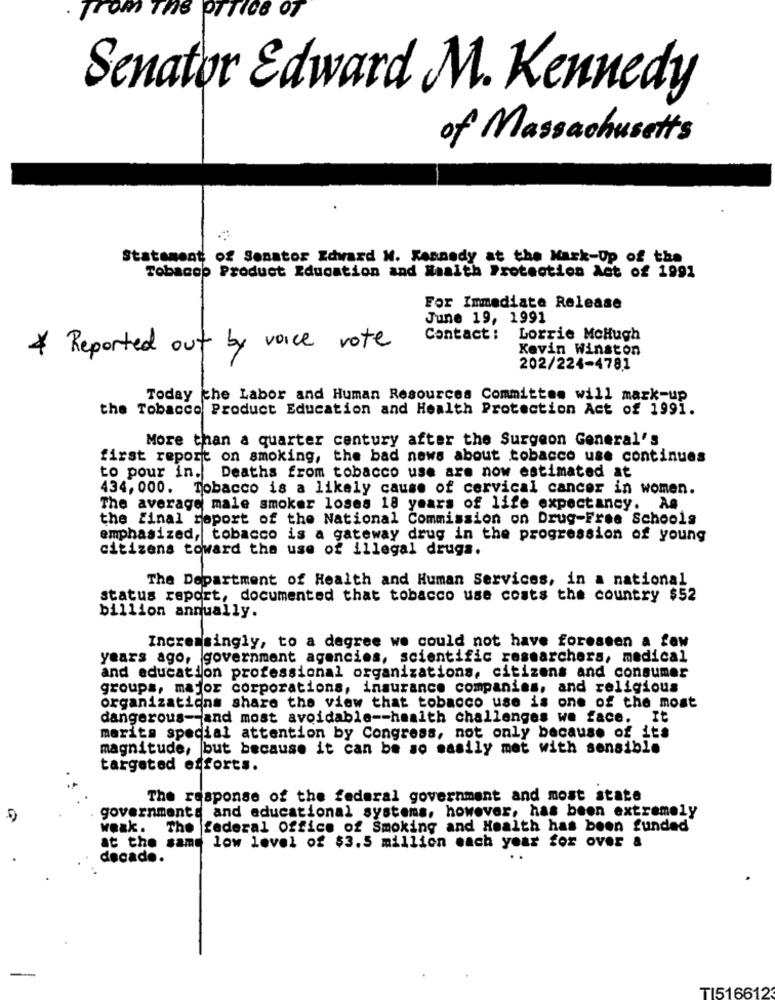
. from The OTTICe Of
Senator Edward M. Kennedy
of Massachusetts
Statement of Senator Edward N. Kennedy at the Mark-Up of the
Tobacco Product Education and Health Protection Act of 1991
For Immediate Release
June 19, 1991
Contact :
Lorrie McHugh
* Reported out by voice vote
Kevin Winston
202/224-4781
Today the Labor and Human Resources Committee will mark-up
the Tobacco Product Education and Health Protection Act of 1991.
More than a quarter century after the Surgeon General's
first report on smoking, the bad news about tobacco use continues
to pour in. Deaths from tobacco use are now estimated at
434, 000. Tobacco is a likely cause of cervical cancer in women.
The average male smoker loses 18 years of life expectancy. As
the final report of the National Commission on Drug-Free Schools
emphasized, tobacco is a gateway drug in the progression of young
citizens toward the use of illegal drugs.
The Department of Health and Human Services, in a national
status report, documented that tobacco use costs the country $52
billion annually.
Increasingly, to a degree we could not have foreseen a faw
years ago, government agencies, scientific researchers, medical
and education professional organizations, citizens and consumer
groups, major corporations, insurance companies, and religious
organizations share the view that tobacco use is one of the most
dangerous -- and most avoidable -- health challenges we face. It
merita special attention by Congress, not only because of its
magnitude, but because it can be so easily met with sensible
targeted efforts.
The response of the federal government and most state
governments and educational systems, however, has been extremely
weak. The federal Office of Smoking and Health has been funded
at the same low level of $3.5 million each year for over &
decade.
TI516612